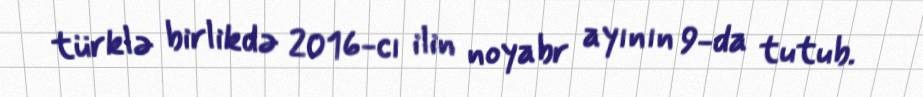
türklə birlikdə 2016-cı ilin noyabr ayının 9-da tutub.